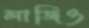
লাজিও